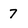
Character: 7